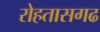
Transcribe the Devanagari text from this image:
रोहतासगढ